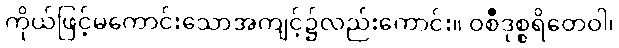
ကိုယ်ဖြင့်မကောင်းသောအကျင့်၌လည်းကောင်း။ ဝစီဒုစ္စရိတေဝါ၊